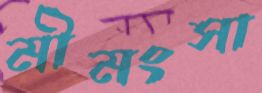
মীমংসা